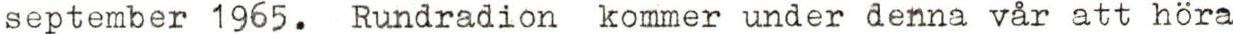
september 1965. Rundradion kommer under denna vår att höra